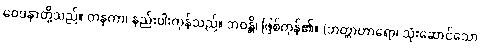
ဝေဒနာတို့သည်။ တနုကာ၊ နည်းပါးကုန်သည်။ ဘဝန္တိ၊ ဖြစ်ကုန်၏။ (ဘတ္တာဟာရော၊ သုံးဆောင်သော